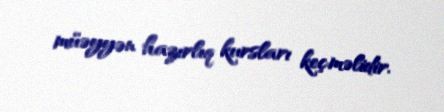
müəyyən hazırlıq kursları keçməlidir.